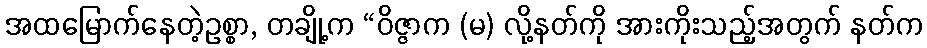
အထမြောက်နေတဲ့ဥစ္စာ, တချို့က “ဝိဇ္ဇာက (မ) လို့နတ်ကို အားကိုးသည့်အတွက် နတ်က